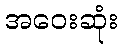
အဝေးဆုံး